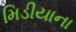
મિડીયાના